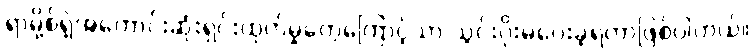
ရာမို့စ်ရဲဲ့အကောင်းဆုံးရှင်းထုတ်မှုတွေကြောင့်သာ သွင်းဂိုးမပေးခဲ့ရတာဖြစ်ပါတယ်။